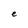
Character: e